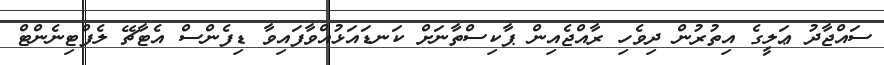
ސައްޖާދު ޢަލީގެ އިތުރުން ދިވެހި ރާއްޖެއިން ޕާކިސްތާނަށް ކަނޑައަޅުއްވާފައިވާ ޑިފެންސް އެޓާޗޭ ލެފްޓިނެންޓް